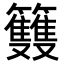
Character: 𥸌